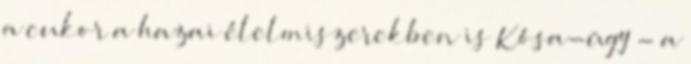
a cukor a hazai élelmiszerekben is Kósa-ügy - a